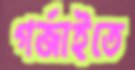
গর্‌জাইতে